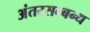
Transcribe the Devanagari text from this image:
अंतरसम्बन्ध